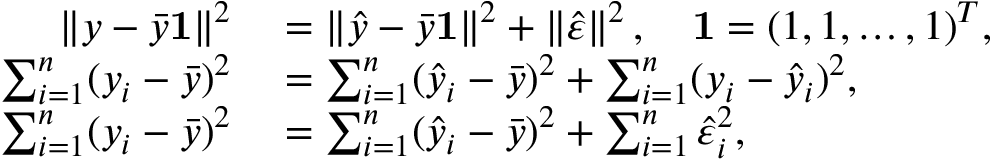
\begin{array} { r l } { \left\| y - { \bar { y } } \mathbf { 1 } \right\| ^ { 2 } } & { { } = \left\| { \hat { y } } - { \bar { y } } \mathbf { 1 } \right\| ^ { 2 } + \left\| { \hat { \varepsilon } } \right\| ^ { 2 } , \quad \mathbf { 1 } = ( 1 , 1 , \ldots , 1 ) ^ { T } , } \\ { \sum _ { i = 1 } ^ { n } ( y _ { i } - { \bar { y } } ) ^ { 2 } } & { { } = \sum _ { i = 1 } ^ { n } ( { \hat { y } } _ { i } - { \bar { y } } ) ^ { 2 } + \sum _ { i = 1 } ^ { n } ( y _ { i } - { \hat { y } } _ { i } ) ^ { 2 } , } \\ { \sum _ { i = 1 } ^ { n } ( y _ { i } - { \bar { y } } ) ^ { 2 } } & { { } = \sum _ { i = 1 } ^ { n } ( { \hat { y } } _ { i } - { \bar { y } } ) ^ { 2 } + \sum _ { i = 1 } ^ { n } { \hat { \varepsilon } } _ { i } ^ { 2 } , } \end{array}